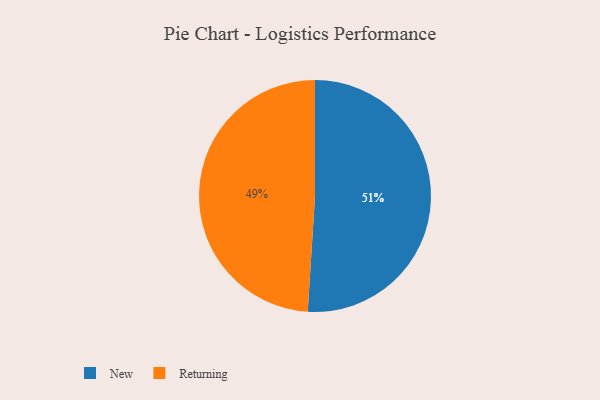
{"axis": {"x": "Category", "y": "Percentage"}, "legend": ["New", "Returning"], "data": [{"x": "New", "y": 51, "type": "New"}, {"x": "Returning", "y": 49, "type": "Returning"}]}